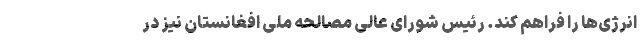
انرژی‌ها را فراهم کند. رئیس شورای عالی مصالحه ملی افغانستان نیز در